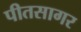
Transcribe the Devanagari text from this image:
पीतसागर